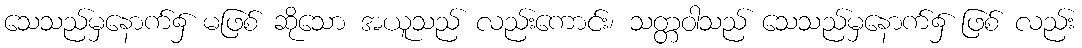
သေသည်မှနောက်၌ မဖြစ် ဆိုသော အယူသည် လည်းကောင်း၊ သတ္တဝါသည် သေသည်မှနောက်၌ ဖြစ် လည်း